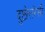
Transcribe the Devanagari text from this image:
दुष्टोत्तरेसी